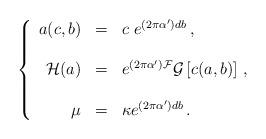
LaTeX: \begin{align*}\left\{ \begin{array}{rcl}a(c,b) & = & c\ e^{(2\pi\alpha^{\prime})db}\, ,\\& & \\{\cal H}(a) & = & e^{(2\pi\alpha^{\prime}){\cal F}}{\cal G}\left[c(a,b)\right]\, ,\\& & \\\mu & = & \kappa e^{(2\pi\alpha^{\prime})db}\, .\\\end{array}\right.\end{align*}